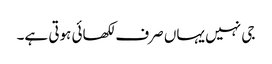
جی نہیں یہاں صرف لکھائی ہوتی ہے۔